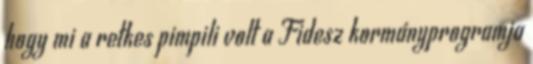
hogy mi a retkes pimpili volt a Fidesz kormányprogramja